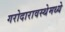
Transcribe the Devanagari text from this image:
गरोदारावस्थेमध्ये